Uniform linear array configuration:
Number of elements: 4
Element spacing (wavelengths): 0.5
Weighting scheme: hamming
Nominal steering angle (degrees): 0
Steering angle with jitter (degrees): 0.381
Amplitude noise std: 0.05
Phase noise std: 0.05

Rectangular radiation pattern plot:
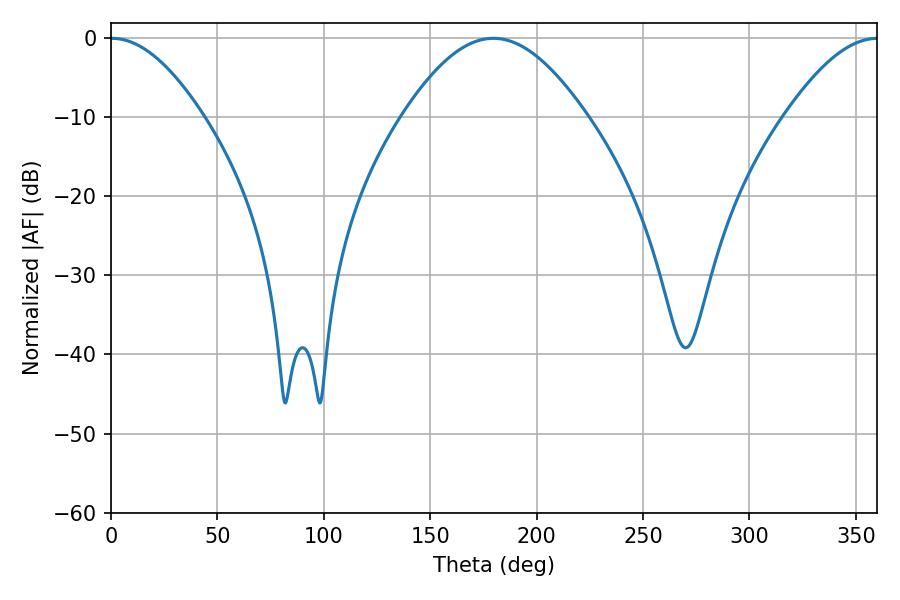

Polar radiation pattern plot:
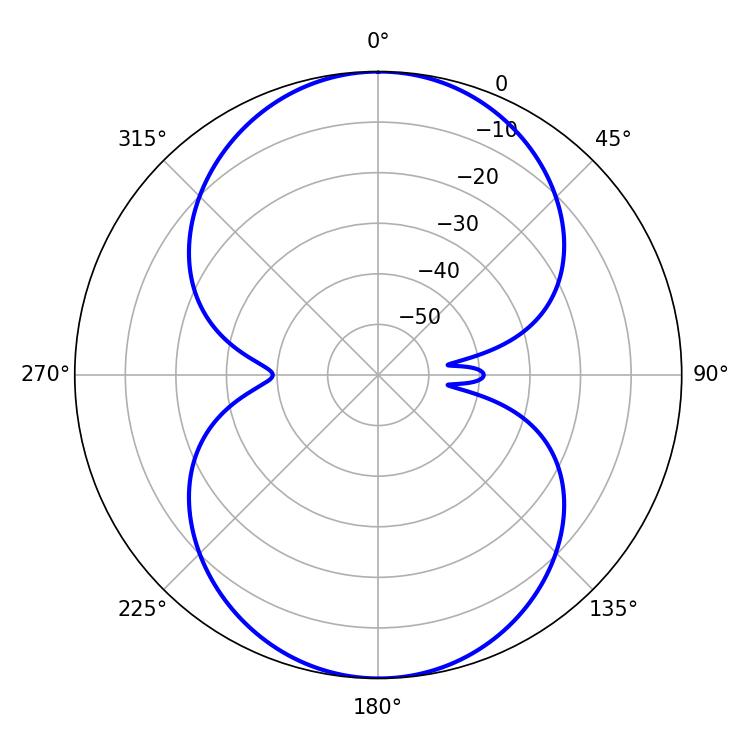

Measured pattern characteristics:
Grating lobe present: FALSE
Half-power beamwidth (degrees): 23.58
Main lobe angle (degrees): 0.36